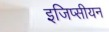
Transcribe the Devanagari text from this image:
इजिप्सीयन